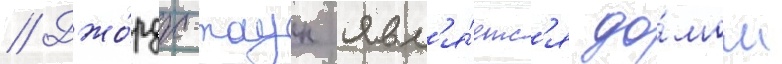
// Джо́рдж-таун явл'я́етс'я до́мом